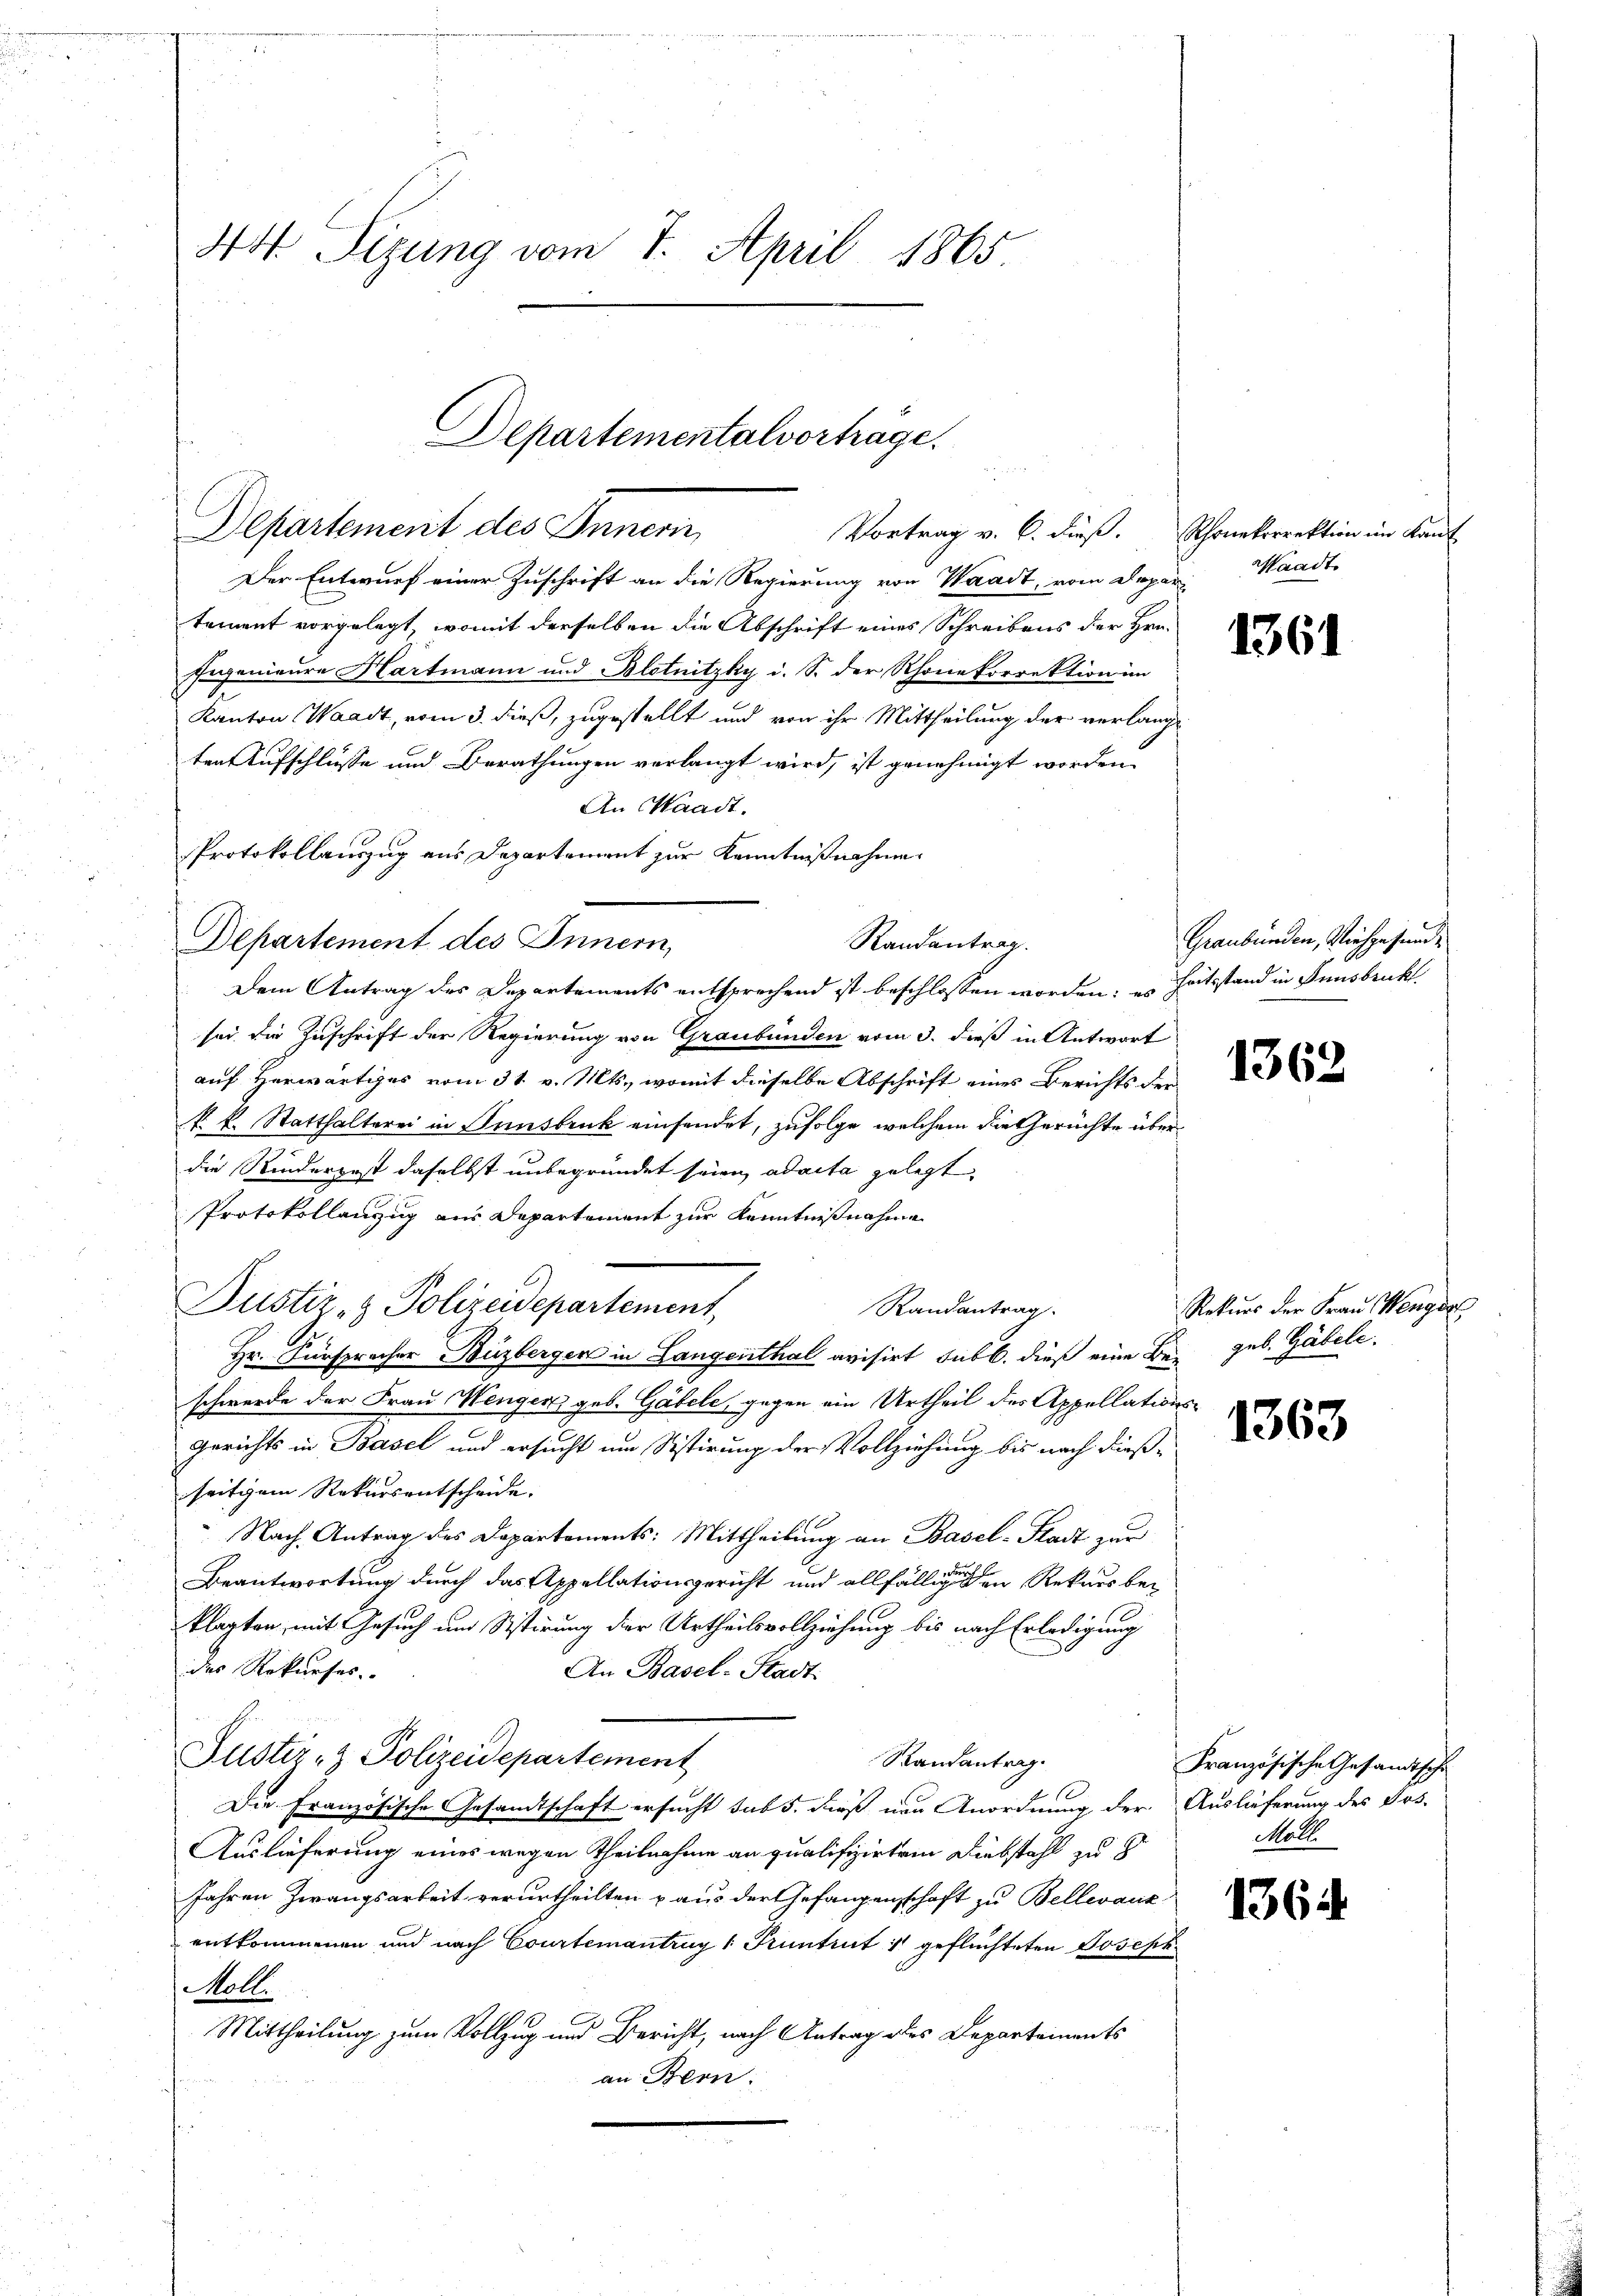
44 Sizung vom 7. April 1865.

Der Entwurf einer Zuschrift an die Regierung von Waadt, vom Depar
tement vorgelegt, womit derselben die Abschrift eines Schreibens der Hrn.
Eugenieure Hartmann und Blotnitzky i. S. der Rhone korrektion im
Kanton Waadt, vom 3. dieß, zugestellt und von ihr Mittheilung der verlangt
ten Aufschlüsse und Berathungen verlangt wird, ist genehmigt worden
An Waadt.
Protokollauszug aus Departement zur Kenntnißnahme
Departement des Innern,
Randantrag.
Dem Antrag des Departements entsprechend ist beschlossen worden; es heitsstand in Innsbruckt
sei die Zuschrift der Regierung von Graubünden vom 3. dieß in Antwort
auf Herwärtiges vom 31. v. Mts., womit dieselbe Abschrift eines Berichts der
kk. Statthalterei in Innsbruk einsendet, zufolge, welchem die Gerüchte überdie Rinderpost daselbst unbegründet seien ad acta gelegt.
Protokollanzug aus Departement zur Kenntnißnahme
Justiz- & Polizeidepartement,
Randantrag.
Hr. Fürspracher Buzbergen in Langenthal avisirt sub b. dieß eine Bei geb. Gäbele
schwerde der Frau Wengen geb. Gabele, gegen ein Urtheil des Appellations-
Gerichts in Basel und ersucht um Sistirung der Vollziehung bis nach dießseitigem Rekursentscheide.
Nach Antrag des Departements: Mittheilung an Basel-Stadt zur
Beantwortung durch das Appellationsgericht und allfälligenen Rekurs bei
klagten, mit Gesuch und Sistirung der Urtheilsvollziehung bis nach Erledigung
des Rekurses.
An Basel-Stadt.
Suster- & Polizeidepartement
Randantrag.
Die Französische Gesandtschaft ersucht sub 5. dieß nun Anordnung der Auslieferung des Jos.
Auslieferung eines wegen Theilnahme an qualifizirten Diebstahl zu 8
Jahren Zwangsarbeit verurtheilten aus der Gefangenschaft zu Belleraus
entkommenen und nach Courtenantrag 1 Pruntrut & geflüchteten Joseph
oll.
Mittheilung zum Vollzug und Bericht, nach Antrag des Departements
an Bern:

Departementalverhage.

Departement des Innern
Vortrag v. 6. dieß. Schonekorrektion im Kant

Waadt

1361

Graubünden, Vichgesund¬

1362

Rekurs der Frau Wengie

1363

Französische Gesandtsche
Malt

136.